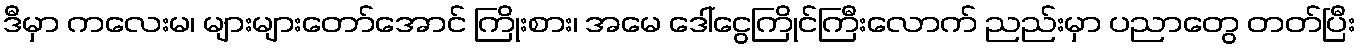
ဒီမှာ ကလေးမ၊ များများတော်အောင် ကြိုးစား၊ အမေ ဒေါ်ငွေကြိုင်ကြီးလောက် ညည်းမှာ ပညာတွေ တတ်ပြီး